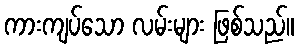
ကားကျပ်သော လမ်းများ ဖြစ်သည်။